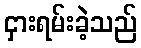
ငှားရမ်းခဲ့သည်